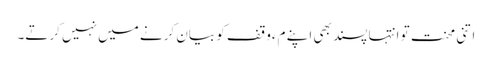
اتنی محنت تو انتہا پسند بھی اپنے مءوقف کو بیان کرنے میں نہیں کرتے۔